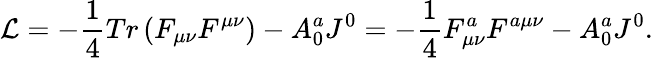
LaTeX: {\cal L}=-\frac{1}{4}Tr\left({F_{\mu\nu}F^{\mu\nu}}\right)-A_{0}^{a}J^{0}=-\frac{1}{4}F_{\mu\nu}^{a}F^{a\mu\nu}-A_{0}^{a}J^{0}.